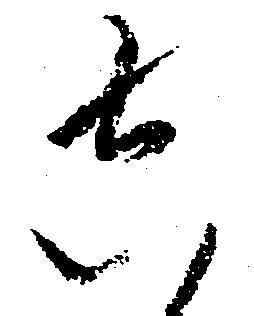
し